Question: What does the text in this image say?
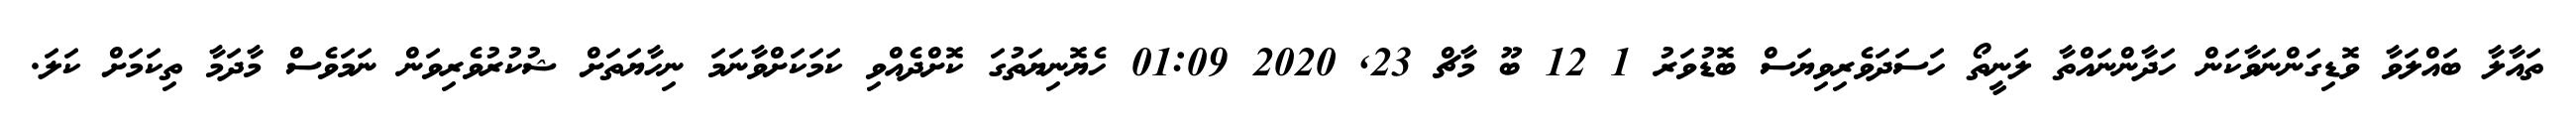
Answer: ތައާލާ ބައްލަވާ ވޮޑިގަންނަވާކަން ހަދާންނައްތާ ލަނީތޯ ހަސަދަވެރިވިޔަސް ބޮޑުވަރު 1 12 ބޫ މާޗް 23, 2020 01:09 ހެޔޮނިޔަތުގަ ކޮށްދެއްވި ކަމަކަށްވާނަމަ ނިހާޔަތަށް ޝުކުރުވެރިވަން ނަމަވެސް މާދަމާ ތިކަމަށް ކަލަ.